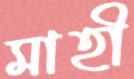
মাহী